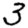
Digit: 3